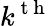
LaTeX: k^{\mathrm{~t~h~}}